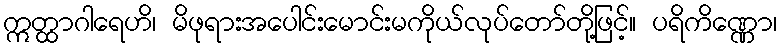
ဣတ္ထာဂါရေဟိ၊ မိဖုရားအပေါင်းမောင်းမကိုယ်လုပ်တော်တို့ဖြင့်။ ပရိကိဏ္ဏော၊